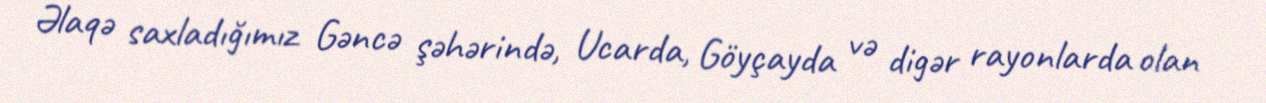
Əlaqə saxladığımız Gəncə şəhərində, Ucarda, Göyçayda və digər rayonlarda olan